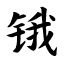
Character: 锇